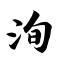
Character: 洵